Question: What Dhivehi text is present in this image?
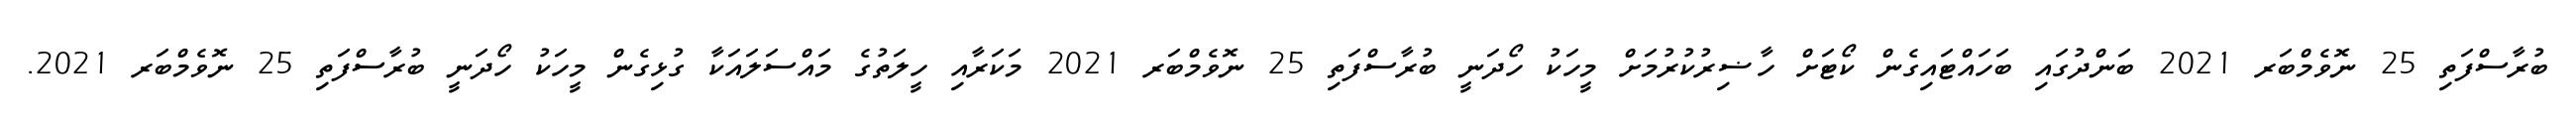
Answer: ބުރާސްފަތި 25 ނޮވެމްބަރ 2021 ބަންދުގައި ބަހައްޓައިގެން ކޯޓަށް ހާޟިރުކުރުމަށް މީހަކު ހޯދަނީ ބުރާސްފަތި 25 ނޮވެމްބަރ 2021 މަކަރާއި ހީލަތުގެ މައްސަލައަކާ ގުޅިގެން މީހަކު ހޯދަނީ ބުރާސްފަތި 25 ނޮވެމްބަރ 2021.